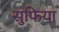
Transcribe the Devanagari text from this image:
सुफिया